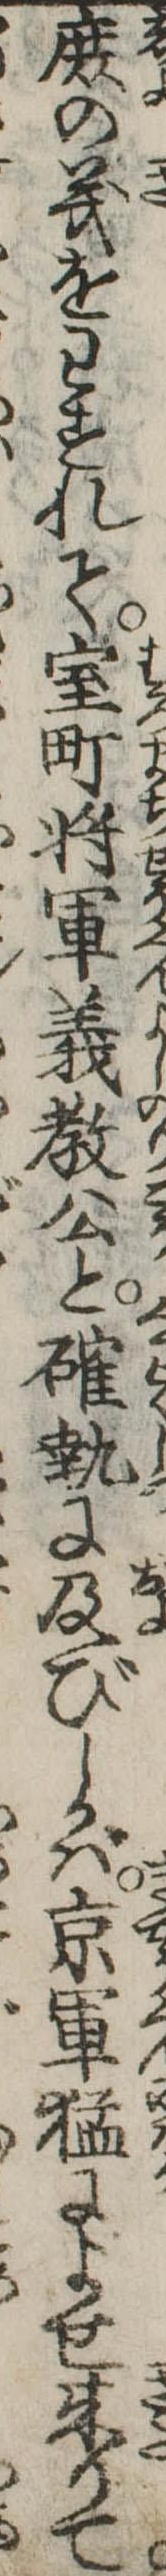
庻の義をわすれて室町将軍義教公と確執に及びしかば京軍猛によせ来りて